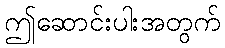
ဤဆောင်းပါးအတွက်